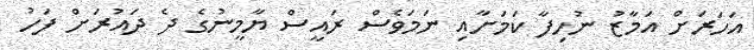
އަހަރަށް އަމާޒު ނުހިފާ ކަމަށާއި ނަމަވެސް ރައީސް ޔާމީނުގެ ދެ ދައުރަށް ފަހު